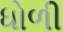
ધોળી